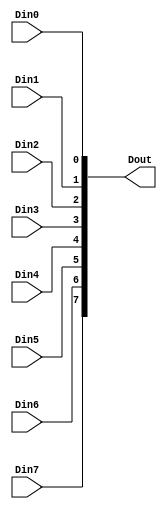
// Copyright (C) 2020  Intel Corporation. All rights reserved.
// Your use of Intel Corporation's design tools, logic functions 
// and other software and tools, and any partner logic 
// functions, and any output files from any of the foregoing 
// (including device programming or simulation files), and any 
// associated documentation or information are expressly subject 
// to the terms and conditions of the Intel Program License 
// Subscription Agreement, the Intel Quartus Prime License Agreement,
// the Intel FPGA IP License Agreement, or other applicable license
// agreement, including, without limitation, that your use is for
// the sole purpose of programming logic devices manufactured by
// Intel and sold by Intel or its authorized distributors.  Please
// refer to the applicable agreement for further details, at
// https://fpgasoftware.intel.com/eula.

// PROGRAM		"Quartus Prime"
// VERSION		"Version 20.1.1 Build 720 11/11/2020 SJ Lite Edition"
// CREATED		"Wed Dec 22 12:38:36 2021"

module bitToBus_8bit(
	Din0,
	Din1,
	Din2,
	Din3,
	Din4,
	Din5,
	Din6,
	Din7,
	Dout
);


input wire	Din0;
input wire	Din1;
input wire	Din2;
input wire	Din3;
input wire	Din4;
input wire	Din5;
input wire	Din6;
input wire	Din7;
output wire	[7:0] Dout;





assign	Dout[7] = Din7;
assign	Dout[6] = Din6;
assign	Dout[5] = Din5;
assign	Dout[4] = Din4;
assign	Dout[3] = Din3;
assign	Dout[2] = Din2;
assign	Dout[1] = Din1;
assign	Dout[0] = Din0;

endmodule